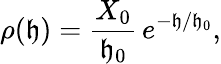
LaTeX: \rho(\mathfrak{h})={\frac{{X_{0}}}{{\mathfrak{h}_{0}}}}\, e^{-\mathfrak{h}/\mathfrak{h}_{0}},